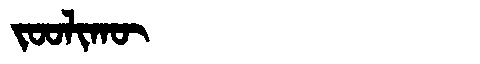
Manchu: ᠵᠣᠣᠯᡳᡴᡡ
Romanization: JOOLIKŪ